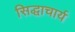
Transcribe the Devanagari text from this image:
सिद्धाचार्य